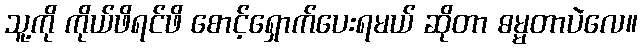
သူ့ကို ကိုယ်ဖိရင်ဖိ စောင့်ရှောက်ပေးရမယ် ဆိုတာ ဓမ္မတာပဲလေ။